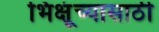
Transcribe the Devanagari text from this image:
भिक्षूंच्यासाठी